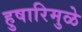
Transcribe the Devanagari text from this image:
हुषारिमुळे